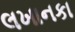
લખાનકા